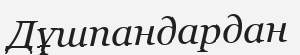
Дұшпандардан